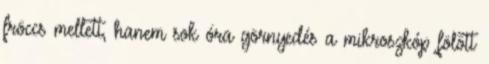
fröccs mellett, hanem sok óra görnyedés a mikroszkóp fölött